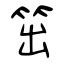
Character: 笜